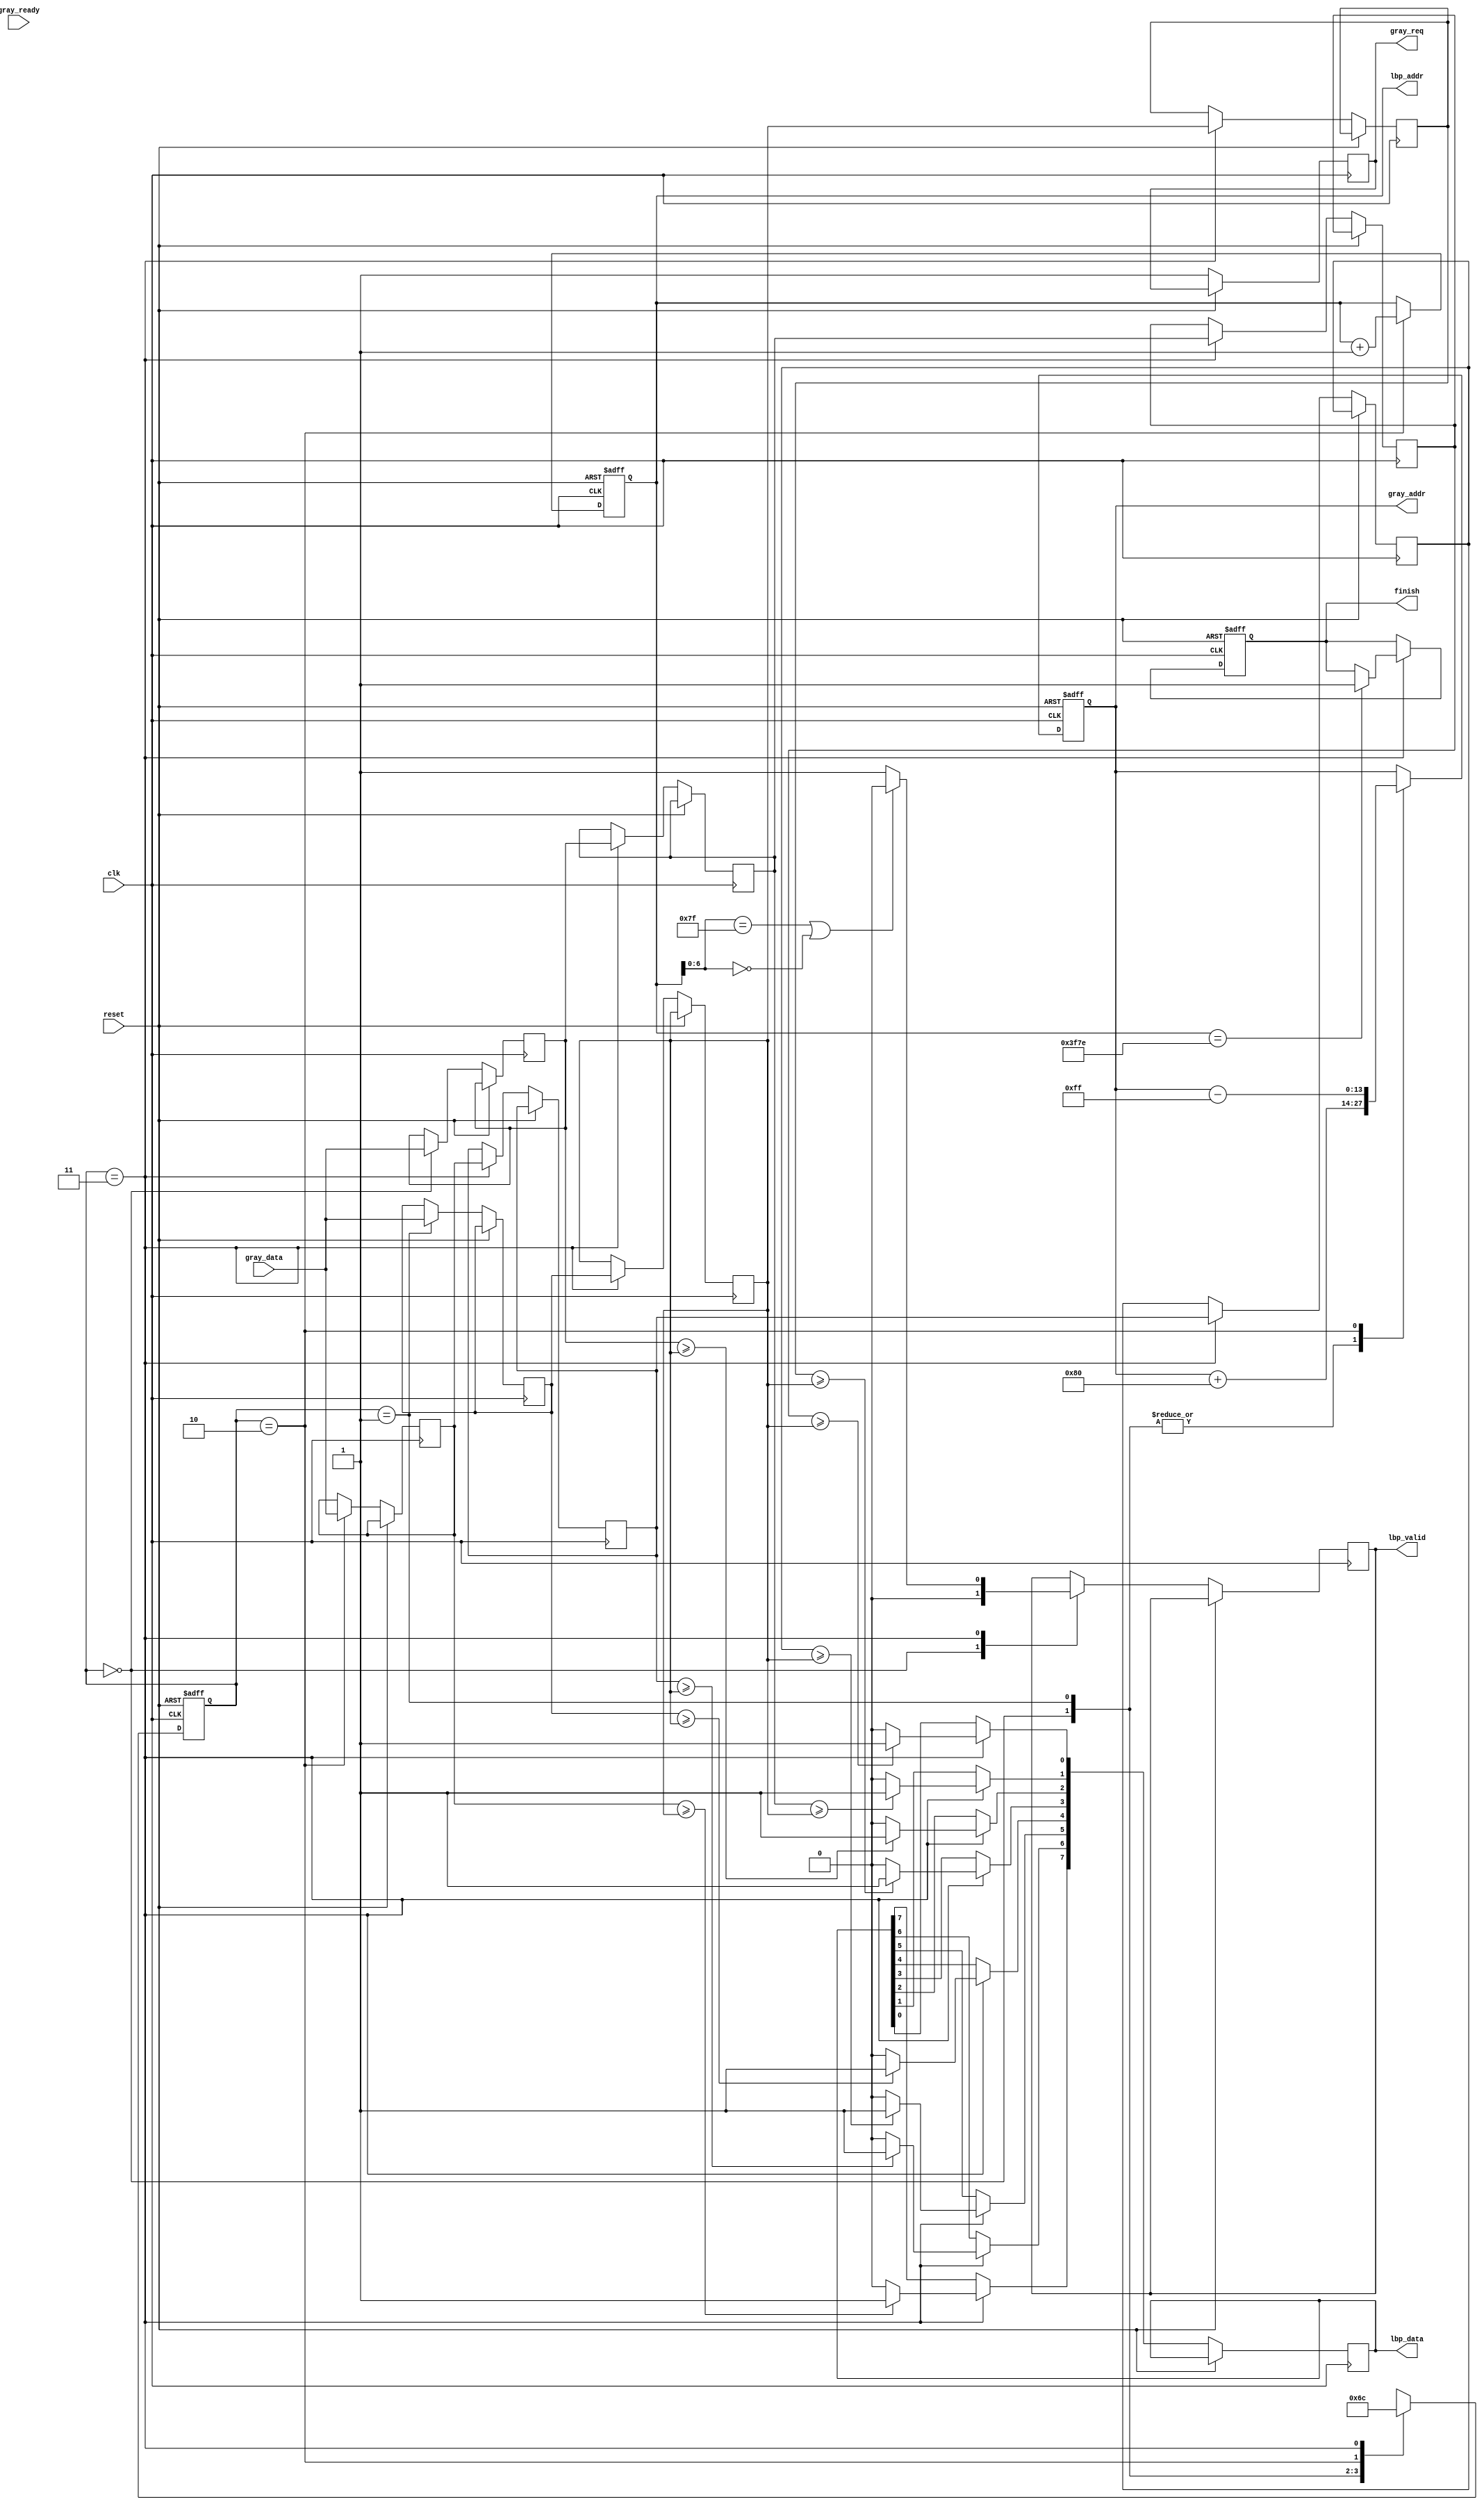
`timescale 1ns/10ps
module LBP ( clk, reset, gray_addr, gray_req, gray_ready, gray_data, lbp_addr, lbp_valid, lbp_data, finish);
input   	clk;
input   	reset;

// ask data 
output  reg       	gray_req;
output  reg [13:0] 	gray_addr;
input   	    gray_ready;
input   [7:0] 	gray_data;

// write data
output  reg [13:0] 	lbp_addr;
output  reg 	    lbp_valid;
output  reg [7:0] 	lbp_data;
output  reg  	    finish;

reg [7:0] buffer [8:0];
reg [1:0] nowState, nextState;

wire [13:0] minus = gray_addr - 255;
wire [13:0] plus  = gray_addr + 128;
wire valid = (lbp_addr[6:0]== 7'b111_1111 || lbp_addr[6:0]== 7'b000_0000);
wire final = (lbp_addr==14'd16254);

parameter 	S_ACCEPT_DATA1 = 2'd0,
			S_ACCEPT_DATA2 = 2'd1,
			S_ACCEPT_DATA3 = 2'd2,
			S_WRITE_DATA   = 2'd3;


always @(posedge clk or posedge reset) begin
	if (reset) begin
		nowState  <= S_ACCEPT_DATA1;
		gray_addr <= 14'd0;
		lbp_addr  <= 14'd126;
		finish <= 1'b0;
	end
	else begin
		nowState <= nextState;
		gray_req <= 1'b1;
		case(nowState)
			S_ACCEPT_DATA1:begin
				lbp_valid <= 1'b0;
				gray_addr <= plus;
				buffer[2] <= gray_data;     // get 2
			end
			S_ACCEPT_DATA2:begin
				gray_addr <= plus;
				buffer[5] <= gray_data;     // get 130
			end
			S_ACCEPT_DATA3:begin
				gray_addr <= minus;
				buffer[8] <= gray_data;     // get 258
				lbp_addr <= lbp_addr + 1;
			end
			S_WRITE_DATA:begin
				// shift
				lbp_valid <= (valid)? 1'b0 : 1'b1;
				lbp_data[0] <= (buffer[0]>=buffer[4])? 1 : 0;
				lbp_data[1] <= (buffer[1]>=buffer[4])? 1 : 0;
				lbp_data[2] <= (buffer[2]>=buffer[4])? 1 : 0;
				lbp_data[3] <= (buffer[3]>=buffer[4])? 1 : 0;
				lbp_data[4] <= (buffer[5]>=buffer[4])? 1 : 0;
				lbp_data[5] <= (buffer[6]>=buffer[4])? 1 : 0;
				lbp_data[6] <= (buffer[7]>=buffer[4])? 1 : 0;
				lbp_data[7] <= (buffer[8]>=buffer[4])? 1 : 0;

				buffer[0] <= buffer[1];
				buffer[3] <= buffer[4];
				buffer[6] <= buffer[7];
				buffer[1] <= buffer[2];
				buffer[4] <= buffer[5];
				buffer[7] <= buffer[8];
				
				if(final) finish <= 1;
			end
		endcase
	end
end

always@(*)begin
	case(nowState)
			S_ACCEPT_DATA1:begin
				nextState = S_ACCEPT_DATA2;
			end
			S_ACCEPT_DATA2:begin
				nextState = S_ACCEPT_DATA3;
			end
			S_ACCEPT_DATA3:begin
				nextState = S_WRITE_DATA;
			end
			S_WRITE_DATA:begin
				nextState = S_ACCEPT_DATA1;
			end
	endcase
end

endmodule